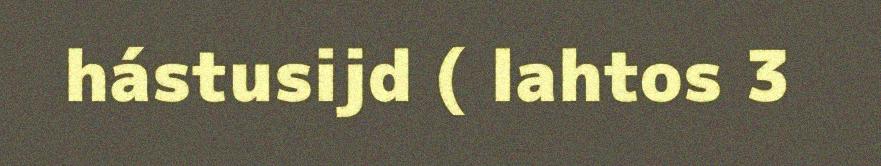
hástusijd ( lahtos 3